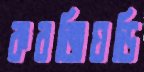
কবজিঘড়ি